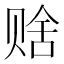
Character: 𬥹